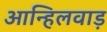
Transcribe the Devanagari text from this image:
आन्हिलवाड़